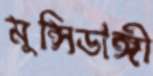
মুন্সিডাঙ্গী